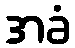
အခံ